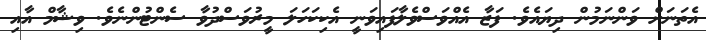
އެތަނަށް ވަންނަމުން ދިޔައެވެ. ފަޒާ އެއްވަސްވެލާފައިވަނީ އެކިކަހަލަ މީރުވަސްދުވާ ސެންޓުންނެވެ. ވިޝާމް އާއި